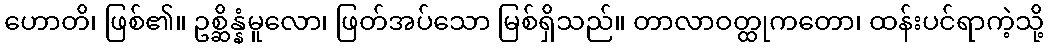
ဟောတိ၊ ဖြစ်၏။ ဥစ္ဆိန္နံမူလော၊ ဖြတ်အပ်သော မြစ်ရှိသည်။ တာလာဝတ္ထုကတော၊ ထန်းပင်ရာကဲ့သို့